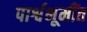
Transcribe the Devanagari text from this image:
पार्श्वभूमींत